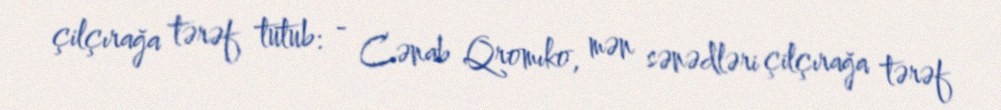
çilçırağa tərəf tutub: - Cənab Qromıko, mən sənədləri çilçırağa tərəf